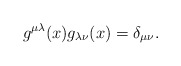
\begin{align*}g^{\mu\lambda}(x)g_{\lambda\nu}(x) = \delta_{\mu\nu}.\end{align*}